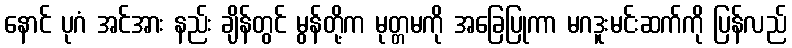
နောင် ပုဂံ အင်အား နည်း ချိန်တွင် မွန်တို့က မုတ္တမကို အခြေပြုကာ မဂဒူးမင်းဆက်ကို ပြန်လည်